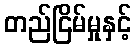
တည်ငြိမ်မှုနှင့်